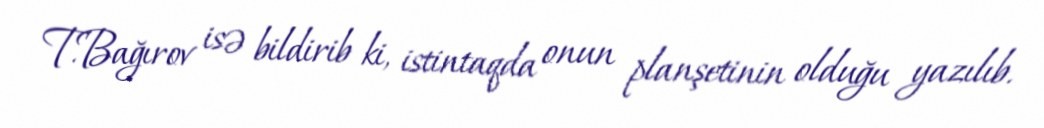
T.Bağırov isə bildirib ki, istintaqda onun planşetinin olduğu yazılıb.